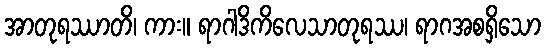
အာတုရဿာတိ၊ ကား။ ရာဂါဒိကိလေသာတုရဿ၊ ရာဂအစရှိသော